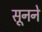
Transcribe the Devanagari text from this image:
सूनने